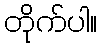
တိုက်ပါ။